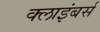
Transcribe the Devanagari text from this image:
क्लाइंबर्स